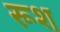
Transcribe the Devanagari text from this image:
रूश